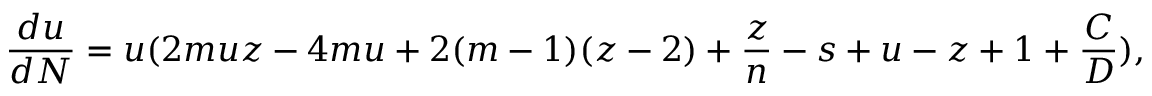
\frac { d u } { d N } = u ( 2 m u z - 4 m u + 2 ( m - 1 ) ( z - 2 ) + \frac { z } { n } - s + u - z + 1 + \frac { C } { D } ) ,